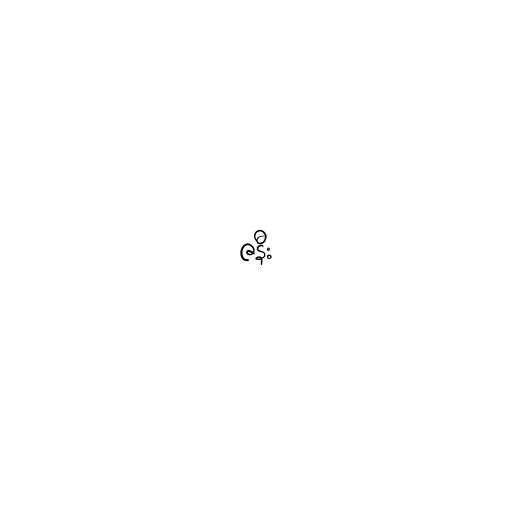
ဇနီး